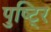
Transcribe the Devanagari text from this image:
पुष्टि्र